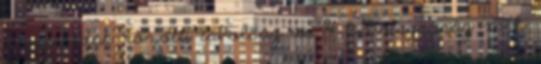
a gerendák közötti távolság m H belmagasság m h